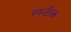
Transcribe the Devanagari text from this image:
स्फटीक